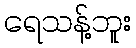
ရေသန့်ဘူး